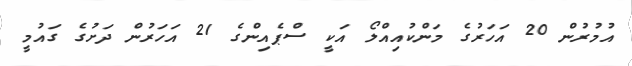
އުމުރުން 20 އަހަރުގެ މަންކުއިއްލޯ އަކީ ސްޕެއިންގެ 21 އަހަރުން ދަށުގެ ގައުމީ